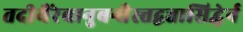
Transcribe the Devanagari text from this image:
तदीयैरेवानुबन्धैस्त्तद्वत्तासिद्धेर्न